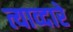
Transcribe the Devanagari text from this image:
त्याव्दारे